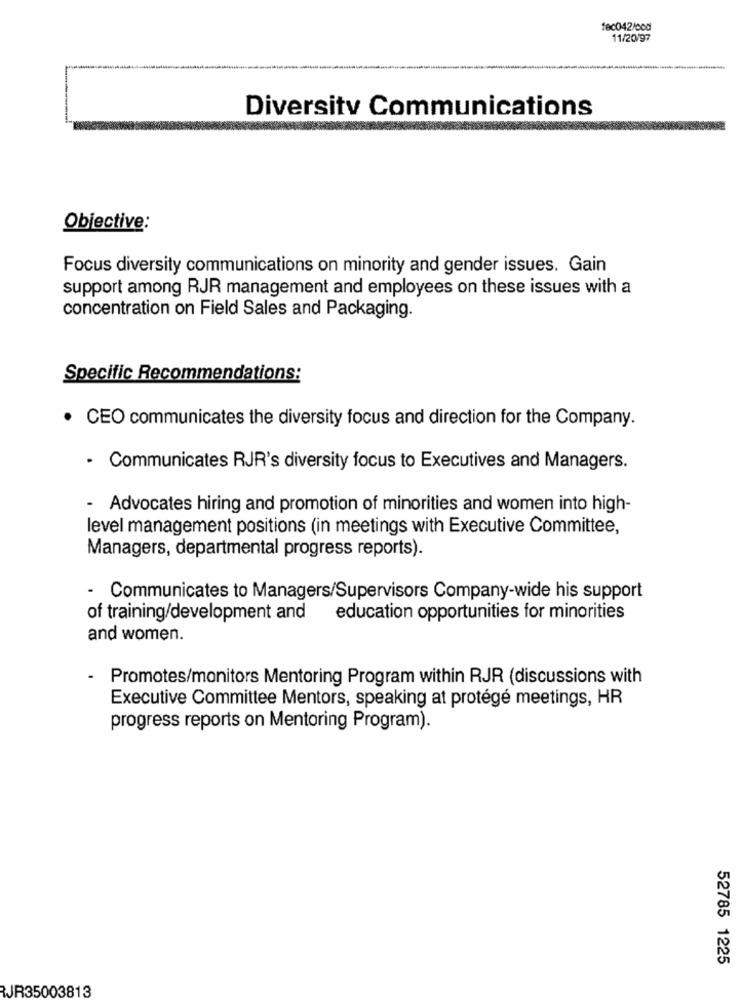
fec042/cod
11/20/97
Diversity Communications
Objective:
Focus diversity communications on minority and gender issues. Gain
support among RJR management and employees on these issues with a
concentration on Field Sales and Packaging.
Specific Recommendations:
. CEO communicates the diversity focus and direction for the Company.
· Communicates RJR's diversity focus to Executives and Managers.
-
Advocates hiring and promotion of minorities and women into high-
level management positions (in meetings with Executive Committee,
Managers, departmental progress reports).
- Communicates to Managers/Supervisors Company-wide his support
of training/development and
education opportunities for minorities
and women.
.
Promotes/monitors Mentoring Program within RJR (discussions with
Executive Committee Mentors, speaking at protégé meetings, HR
progress reports on Mentoring Program).
52785 1225
RJR35003813